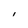
Character: l